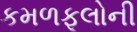
કમળફૂલોની